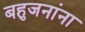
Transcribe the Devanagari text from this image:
बहुजनांना